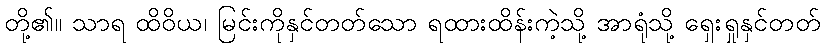
တို့၏။ သာရ ထိဝိယ၊ မြင်းကိုနှင်တတ်သော ရထားထိန်းကဲ့သို့ အာရုံသို့ ရှေးရှုနှင်တတ်